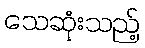
သေဆုံးသည့်